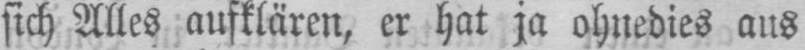
sich Alles aufklären, er hat ja ohnedies aus